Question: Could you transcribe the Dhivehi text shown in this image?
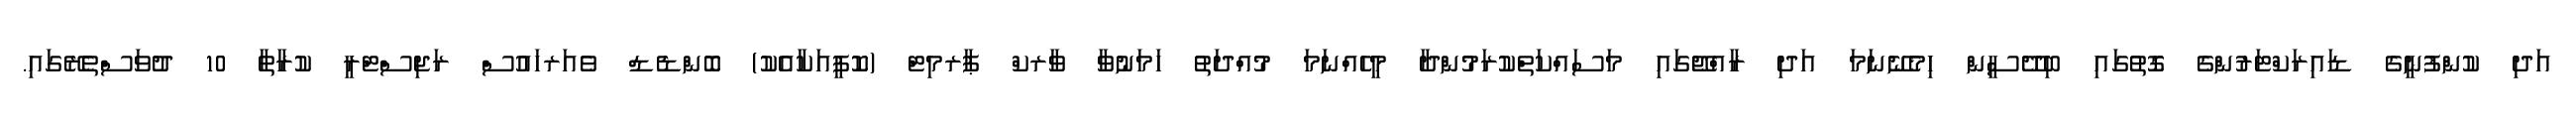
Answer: އަދި ކުންފުނީގެ ޑައިރަކްޓަރުންގެ ގޮތުގައި ބިދޭސީން ހިމެނޭނަމަ އަދި ރާއްޖޭގައި މަސައްކަތްކުރަމުންދާ މީހެއްނަމަ މުއްދަތު ހަމަނުވާ ވާރކް ޕާރމިޓް (ކޮޕީއަކާއެކު) ބޮންޑެޑް ވެއަރހައުސް ރަޖިސްޓްރީ ކުރާތާ 10 ދުވަސްތެރޭގައި.